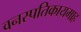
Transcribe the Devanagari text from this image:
वनस्पतिकायमाह